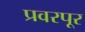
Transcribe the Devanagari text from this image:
प्रवरपूर